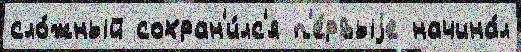
сло́жный сохран'и́лс'я п'е́рвыjе начина́л